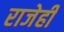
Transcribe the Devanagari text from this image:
राजेही